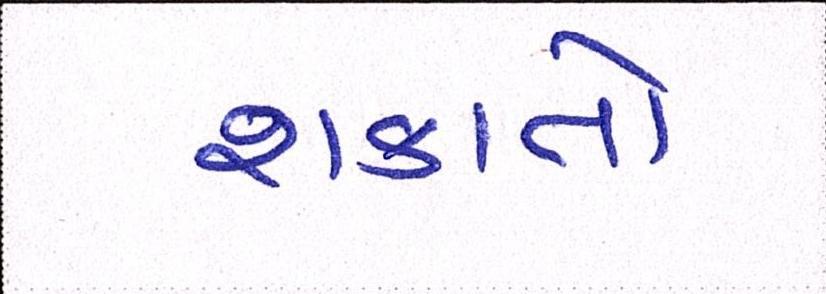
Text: શકાતો